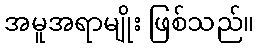
အမူအရာမျိုး ဖြစ်သည်။